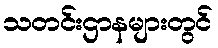
သတင်းဌာနများတွင်